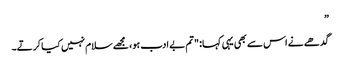
”
گدھے نے اس سے بھی یہی کہا: "تم بے ادب ہو، مجھے سلام نہیں کیا کرتے۔